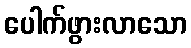
ပေါက်ဖွားလာသော